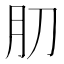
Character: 𰮁